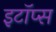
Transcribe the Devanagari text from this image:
इटॉप्स